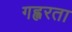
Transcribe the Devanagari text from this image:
गह्वरता